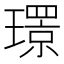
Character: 𤪁